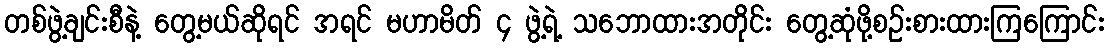
တစ်ဖွဲ့ချင်းစီနဲ့ တွေ့မယ်ဆိုရင် အရင် မဟာမိတ် ၄ ဖွဲ့ရဲ့ သဘောထားအတိုင်း တွေ့ဆုံဖို့စဉ်းစားထားကြကြောင်း